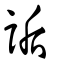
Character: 詬